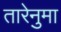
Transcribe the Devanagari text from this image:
तारेनुमा